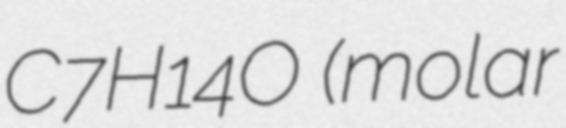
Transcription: C7H14O (molar